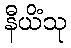
နီယိံသု